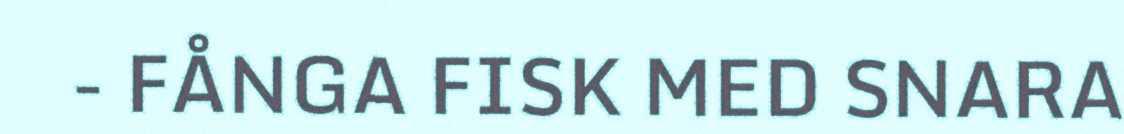
- FÅNGA FISK MED SNARA